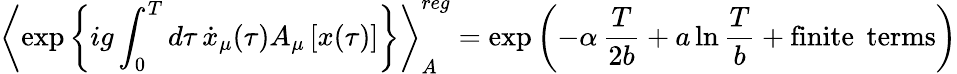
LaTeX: \left\langle\exp\left\{ ig\int_{0}^{T}d\tau\, {\dot{x}}_{\mu}(\tau)A_{\mu}\left[x(\tau)\right]\right\} \right\rangle_{A}^{reg}=\exp\left(-\alpha\, \frac{T}{2b}+a\ln\frac{T}{b}+\mathrm{finite}\; \, \mathrm{terms}\right)